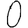
Digit: 0